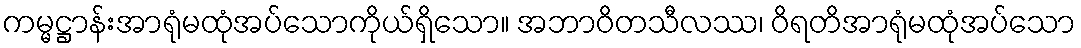
ကမ္မဋ္ဌာန်းအာရုံမထုံအပ်သောကိုယ်ရှိသော။ အဘာဝိတသီလဿ၊ ဝိရတိအာရုံမထုံအပ်သော